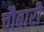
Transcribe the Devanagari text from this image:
चौबारी